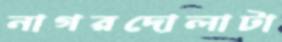
নাগরদোলাটা